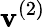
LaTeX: \mathbf{v}^{(2)}